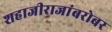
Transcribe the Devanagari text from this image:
शहाजीराजांबरोबर